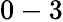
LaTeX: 0-3